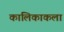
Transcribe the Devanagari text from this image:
कालिकाकला